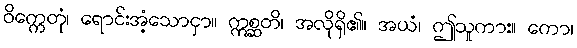
ဝိက္ကေတုံ၊ ရောင်းအံ့သောငှာ။ ဣစ္ဆတိ၊ အလိုရှိ၏။ အယံ၊ ဤသူကား။ ကော၊